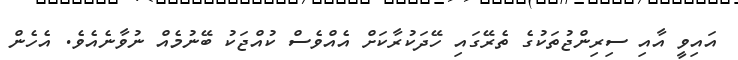
އައިވީ އާއި ސިރިންޖުތަކުގެ ތެރޭގައި ހޭދަކުރާކަށް އެއްވެސް ކުއްޖަކު ބޭނުމެއް ނުވާނެއެވެ. އެހެން